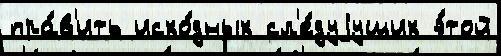
пра́в'ить исхо́дных сл'е́дуjущих э́той